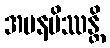
အပနမိဿန္တိ